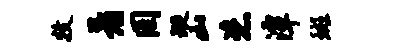
牧着罔璇山恣潭斑